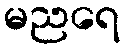
မညရေ